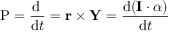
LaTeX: { \boldsymbol { \mathrm { P } } } = { \frac { \mathrm { { d } } \mathbf { \tau } } { \mathrm { { d } } t } } = \mathbf { r } \times \mathbf { Y } = { \frac { \mathrm { { d } } ( \mathbf { I } \cdot { \boldsymbol { \alpha } } ) } { \mathrm { { d } } t } }